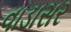
વાડાસર